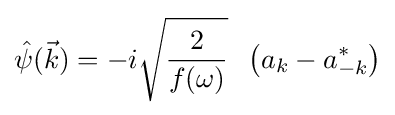
{\hat {\psi }}({\vec {k}})=-i{\sqrt {\frac {2}{f(\omega )}}}\;\;\left(a_{k}-a_{-k}^{*}\right)